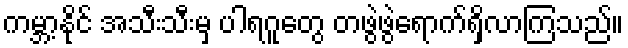
ကမ္ဘာ့နိုင် အသီးသီးမှ ပါရဂူတွေ တဖွဲဖွဲရောက်ရှိလာကြသည်။